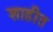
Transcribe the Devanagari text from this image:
शाहीत